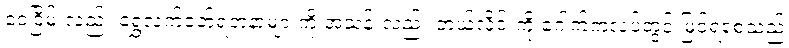
ဝေငြိမ်းလည်း ရွှေလက်ဝတ်ရတနာများကို အသန်းလည်း ဘယ်လိုင်းကို ဂေါက်ကလပ်တွင် မြင်ရစေသည်